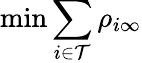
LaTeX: \operatorname*{min}\sum_{i\in\mathcal{T}}\rho_{i\infty}